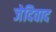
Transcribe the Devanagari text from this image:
जेदिवाद